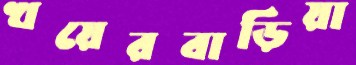
খয়েরবাড়িয়া